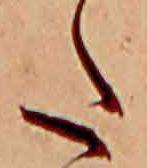
た